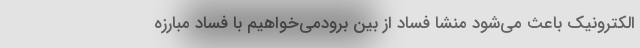
الکترونیک باعث می‌شود منشا فساد از بین برودمی‌خواهیم با فساد مبارزه